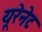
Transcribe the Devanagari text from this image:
यूरेनेट